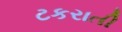
ટકરાતી